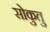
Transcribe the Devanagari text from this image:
सोकुतु